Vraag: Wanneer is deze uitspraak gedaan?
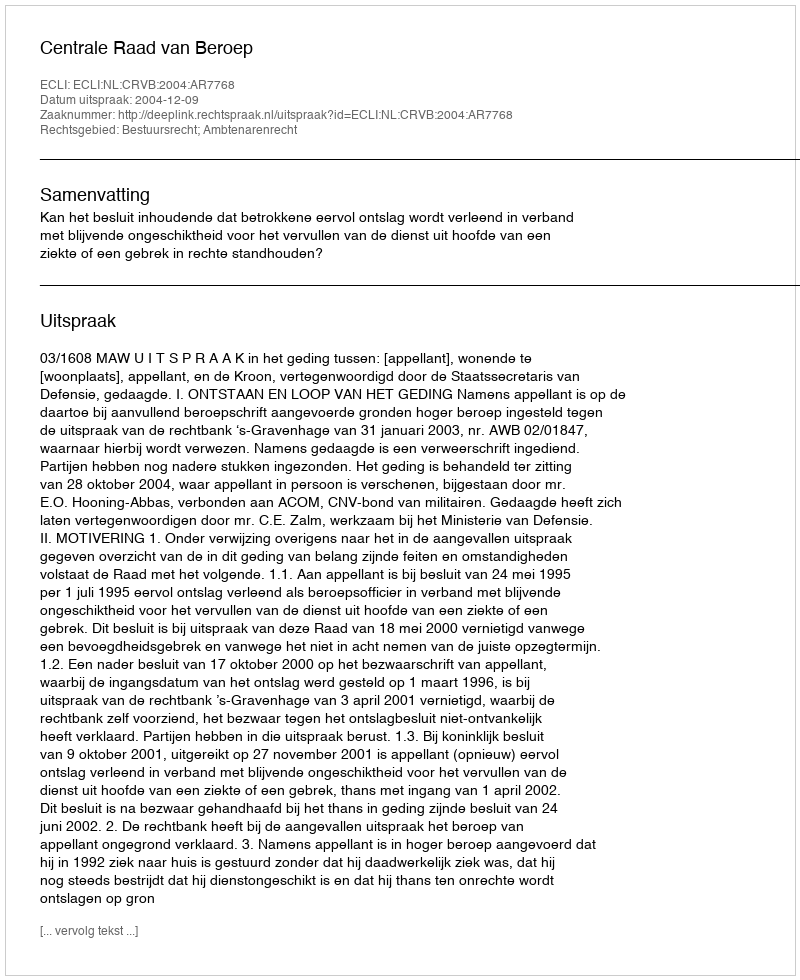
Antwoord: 2004-12-09